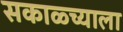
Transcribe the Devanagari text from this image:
सकाळ्च्याला